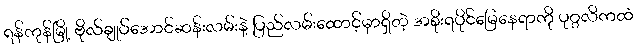
ရန်ကုန်မြို့ ဗိုလ်ချုပ်အောင်ဆန်းလမ်းနဲ့ ပြည်လမ်းထောင့်မှာရှိတဲ့ အစိုးရပိုင်မြေနေရာကို ပုဂ္ဂလိကထံ